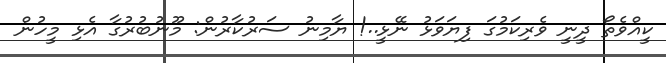
ކީއްވެތޯ ދީނީ ވެރިކަމުގަ ފިޔަވަޅު ނޭޅީ..! ޔާމިނު ސަރުކާރުން: މޫނުބުރުގާ އެޅި މީހުން